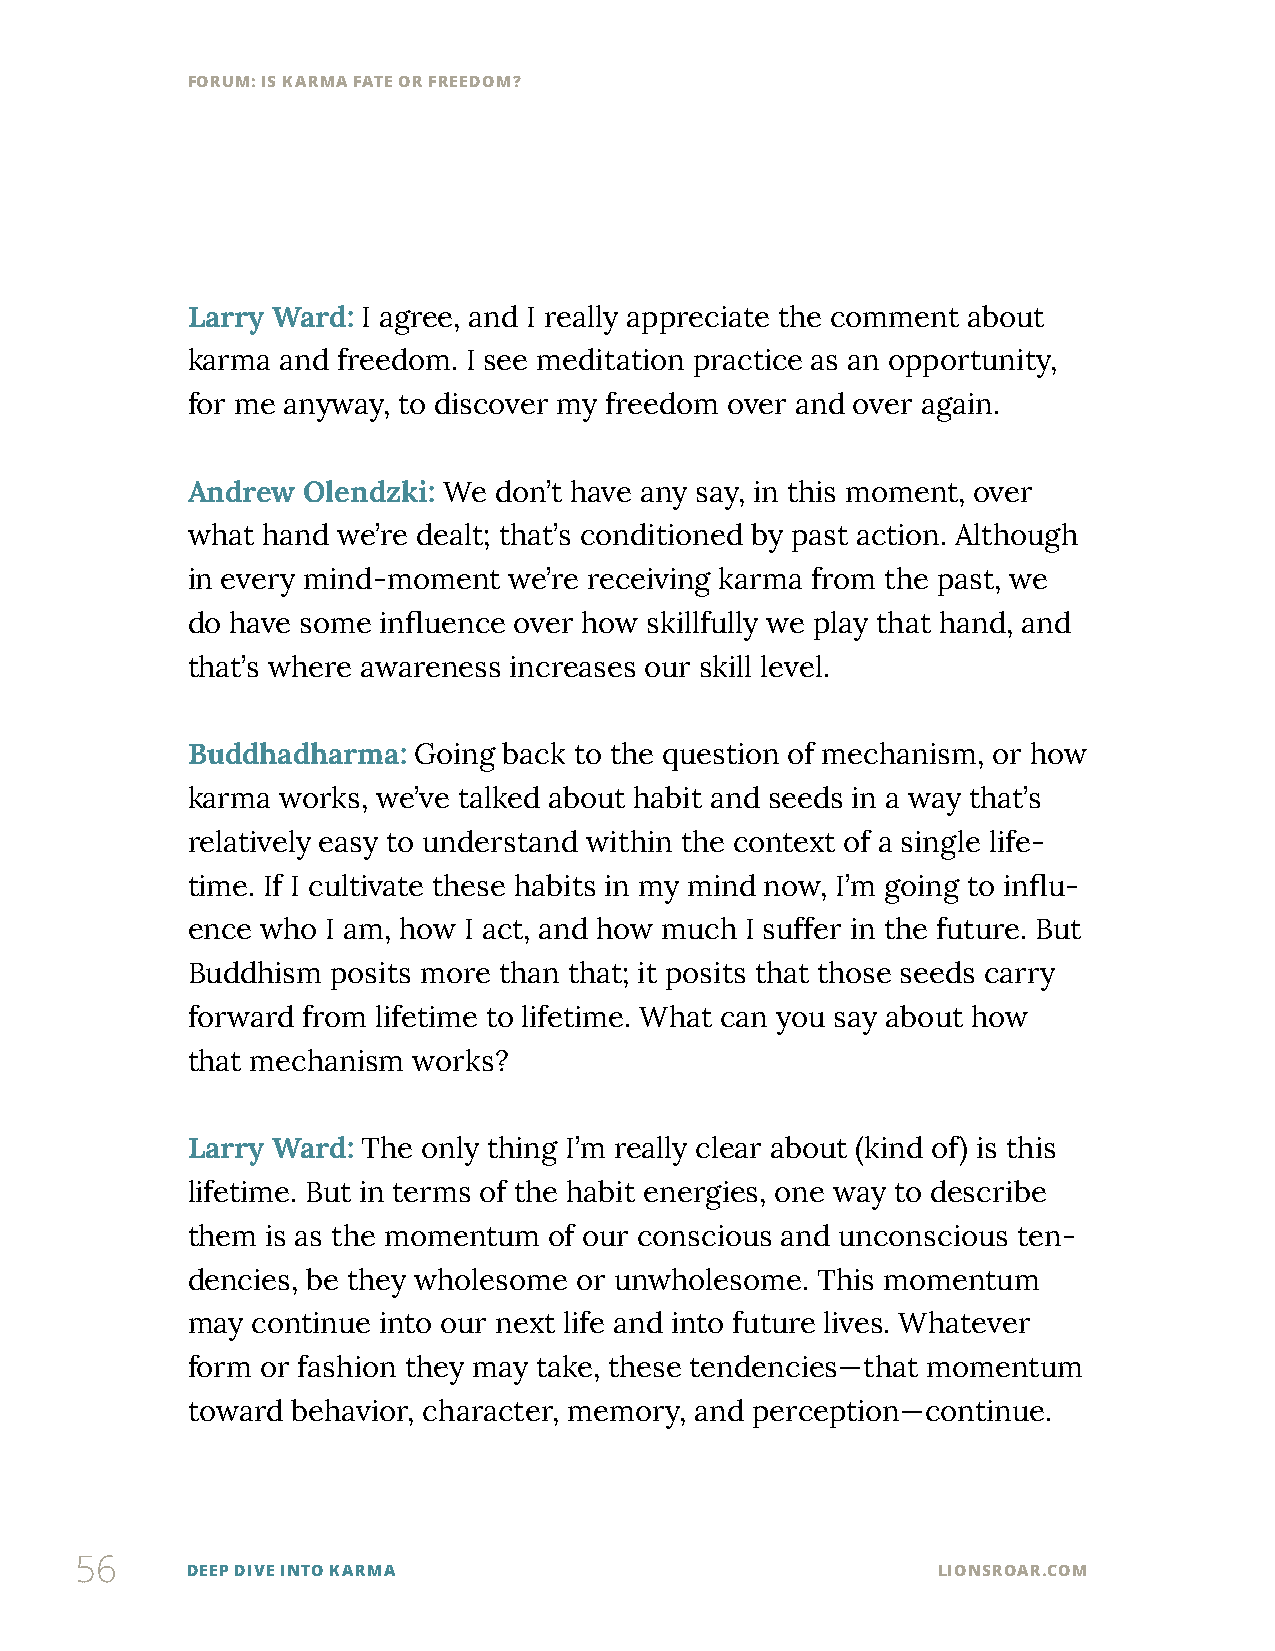
FORUM: IS KARMA FATE OR FREEDOM?
 Larry Ward: I agree, and I really appreciate the comment about
 karma  and freedom. I see meditation practice as an opportunity,
 for me anyway, to discover my freedom over and over again.
 Andrew  Olendzki: We don’t have any say, in this moment, over
 what hand we’re dealt; that’s conditioned by past action. Although
 in every mind-moment  we’re receiving karma from the past, we
 do have some influence over how skillfully we play that hand, and
 that’s where awareness increases our skill level.
 Buddhadharma:  Going back to the question of mechanism, or how
 karma  works, we’ve talked about habit and seeds in a way that’s
 relatively easy to understand within the context of a single life-
 time. If I cultivate these habits in my mind now, I’m going to influ-
 ence who  I am, how I act, and how much I suffer in the future. But
 Buddhism  posits more than that; it posits that those seeds carry
 forward from lifetime to lifetime. What can you say about how
 that mechanism works?
 Larry Ward: The only thing I’m really clear about (kind of) is this
 lifetime. But in terms of the habit energies, one way to describe
 them  is as the momentum of our conscious and unconscious ten-
 dencies, be they wholesome or unwholesome. This momentum
 may  continue into our next life and into future lives. Whatever
 form or fashion they may take, these tendencies—that momentum
 toward behavior, character, memory, and perception—continue.
 56
 DEEP DIVE INTO KARMA                              LIONSROAR.COM